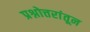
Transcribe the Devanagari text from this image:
प्रश्नोत्तरांतून